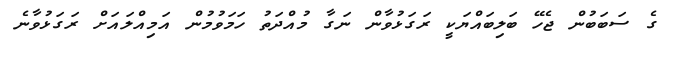
ގެ ސަބަބުން ޖެހޭ ބަލިބައްޔަކީ ރަގަޅުވާން ނަގާ މުއްދަތު ހަމަވުމުން އަމިއްލައަށް ރަގަޅުވާނެ